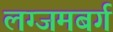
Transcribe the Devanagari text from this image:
लग्जमबर्ग